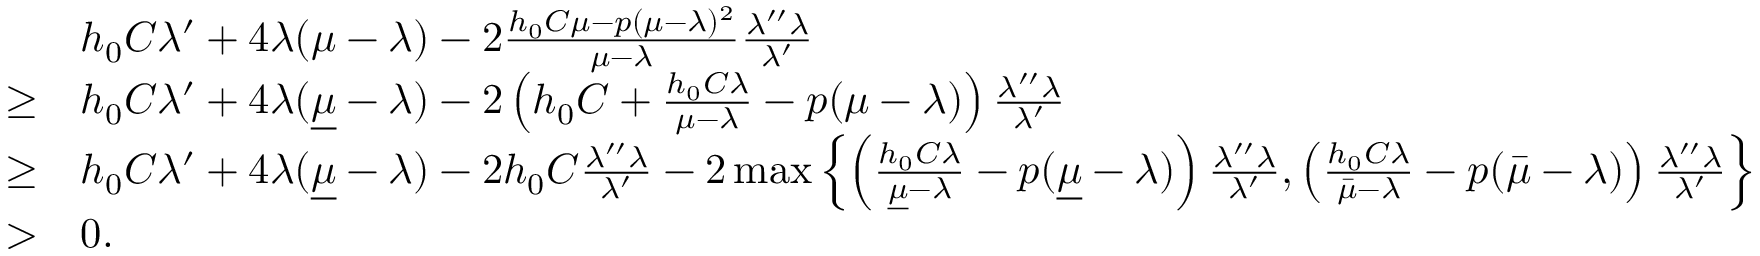
\begin{array} { r l } & { h _ { 0 } C \lambda ^ { \prime } + 4 \lambda ( \mu - \lambda ) - 2 \frac { h _ { 0 } C \mu - p ( \mu - \lambda ) ^ { 2 } } { \mu - \lambda } \frac { \lambda ^ { \prime \prime } \lambda } { \lambda ^ { \prime } } } \\ { \geq } & { h _ { 0 } C \lambda ^ { \prime } + 4 \lambda ( \underline { { \mu } } - \lambda ) - 2 \left( h _ { 0 } C + \frac { h _ { 0 } C \lambda } { \mu - \lambda } - p ( \mu - \lambda ) \right) \frac { \lambda ^ { \prime \prime } \lambda } { \lambda ^ { \prime } } } \\ { \geq } & { h _ { 0 } C \lambda ^ { \prime } + 4 \lambda ( \underline { { \mu } } - \lambda ) - 2 h _ { 0 } C \frac { \lambda ^ { \prime \prime } \lambda } { \lambda ^ { \prime } } - 2 \operatorname* { m a x } \left\{ \left( \frac { h _ { 0 } C \lambda } { \underline { { \mu } } - \lambda } - p ( \underline { { \mu } } - \lambda ) \right) \frac { \lambda ^ { \prime \prime } \lambda } { \lambda ^ { \prime } } , \left( \frac { h _ { 0 } C \lambda } { \bar { \mu } - \lambda } - p ( \bar { \mu } - \lambda ) \right) \frac { \lambda ^ { \prime \prime } \lambda } { \lambda ^ { \prime } } \right\} } \\ { > } & { 0 . } \end{array}